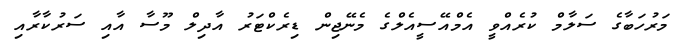
މަރުހަބާގެ ސަލާމް ކުރެއްވީ އެމްއޭސީއެލްގެ މެނޭޖިން ޑިރެކްޓަރު އާދިލް މޫސާ އާއި ސަރުކާރާއި